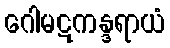
ဂေါမဋကန္ဒရာယံ